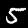
Label: 5